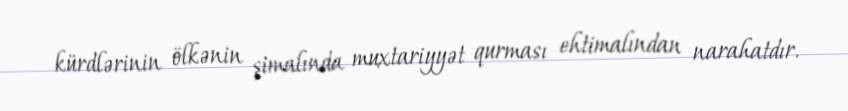
kürdlərinin ölkənin şimalında muxtariyyət qurması ehtimalından narahatdır.